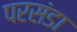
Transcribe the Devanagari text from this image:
परसंडा